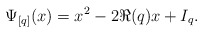
\begin{align*}\Psi_{[q]}(x)=x^2-2\Re(q)x+I_q.\end{align*}